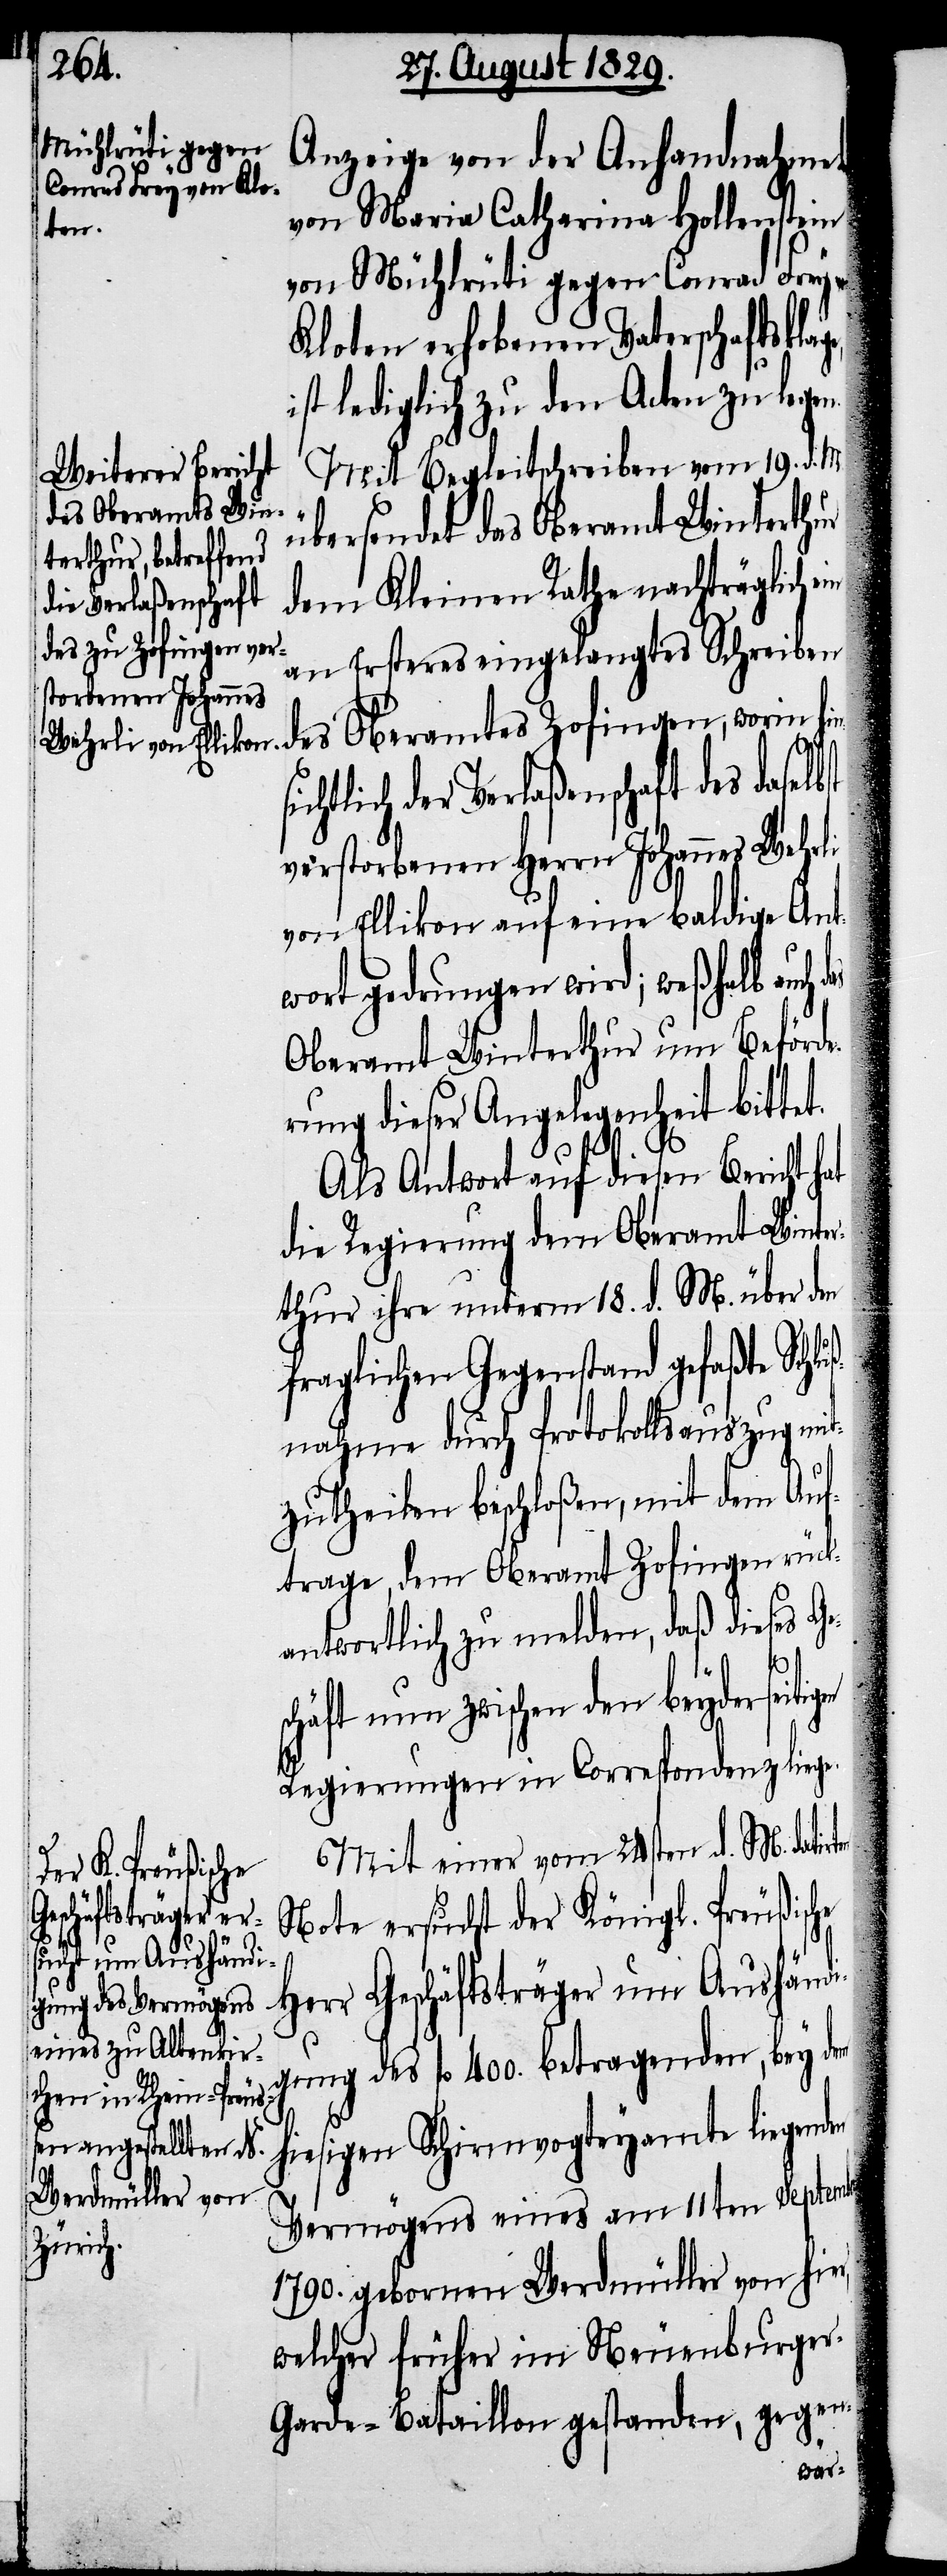
Anzeige von der Anhandnahme
von Maria Catherina Hollenstein
ten
von Mühlrüti gegen Conrad Frey
Kloten erhobenen Vaterschaftsklag¬
ist lediglich zu den Acten zu legen.
Mit Begleitschreiben vom 19. d. M.
des Oberamts Zofin¬
übersendet das Oberamt Winterthur
dem Kleinen Rathe nachträglich
an Ersteres eingelangtes Schreiben
e,
ichtlich der Verlaßenschaft des daselbst
verstorbenen Herrn Johannes Wehrli
von Ellikon auf eine baldige Ant¬
wort gedrungen wird; weßhalb auch
Oberamt Winterthur um Beförde¬
rung dieser Angelegenheit bittet.
Als Antwort auf diesen Bericht
die Regierung dem Oberamt Winte¬
rthur ihre unterm 18. d. M. über den
fraglichen Gegenstand gefaßte Schlu¬
ßnahme durch Protokollsauszug mit¬
zutheilen beschloßen, mit dem Auf¬
trage, dem Oberamt Zofingen rück¬
antwortlich zu melden, daß dieses Ge¬
schäft nun zwischen den beyderseiti¬
Regierung in Correspondenz liege.
Mit einer vom 24sten d. M. datir¬
Note ersucht der Königl. Preußische
Herr Geschäftsträger um Aushändi¬
gung des fl. 400. betragenden, bey dem
hiesigen Schirmvogteyamte liegenden
Vermögens eines am 11ten September
1790. geborenen Werdmüller von hier,
welcher früher im Neuenburger
Garde-Bataillon gestanden, gegen-
gen